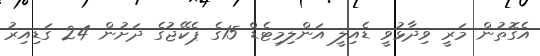
އެގޮތުން މަރީ ވިދާޅުވީ ޑެއިލީ އަންލިމިޓެޑް 15ގެ ޕެކޭޖުގެ ދަށުން 24 ގަޑިއިރު